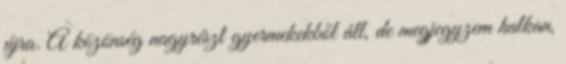
újra. A közönség nagyrészt gyermekekből áll, de megjegyzem halkan,